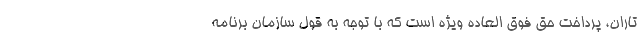
تاران، پرداخت حق فوق العاده ویژه است که با توجه به قول سازمان برنامه